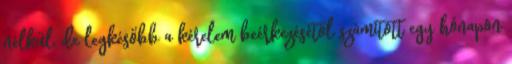
nélkül, de legkésőbb a kérelem beérkezésétől számított egy hónapon